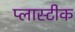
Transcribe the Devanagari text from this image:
प्लास्टीक